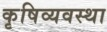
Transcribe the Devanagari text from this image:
कृषिव्‍यवस्था